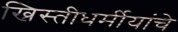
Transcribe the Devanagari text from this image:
ख्रिस्तीधर्मीयांचे